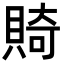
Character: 𬥛